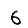
Digit: 6